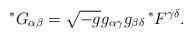
LaTeX: \begin{align*} \prescript{*}{}{G}_{\alpha \beta} = \sqrt{-g} g_{\alpha \gamma} g_{\beta \delta} \prescript{*}{}{F}^{\gamma \delta}.\end{align*}